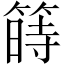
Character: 𥱯